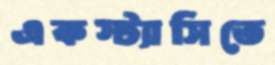
একস্ট্যাসিতে